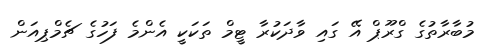
މުބާރާތުގެ ގްރޫޕް އޭ ގައި ވާދަކުރާ ޓީމް ތަކަކީ އެންމެ ފަހުގެ ޗެމްޕިއަން